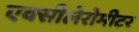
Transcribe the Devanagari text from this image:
एक्सीलेरोमीटर